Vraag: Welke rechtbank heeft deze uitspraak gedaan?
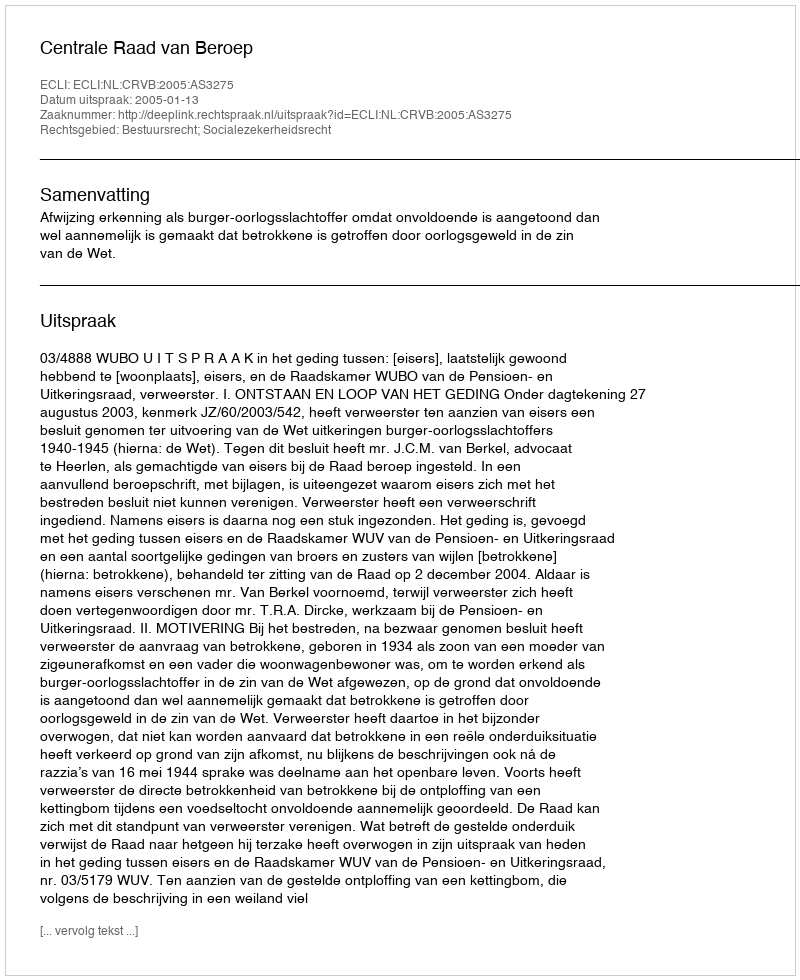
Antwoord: Centrale Raad van Beroep